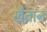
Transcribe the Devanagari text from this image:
खैतान